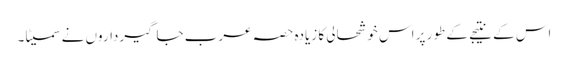
اس کے نتیجے کے طور پر اس خوشحالی کا زیادہ حصہ عرب جاگیرداروں نے سمیٹا۔